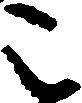
こ